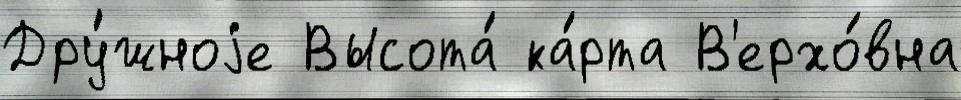
Дру́жноjе Высота́ ка́рта В'ерхо́вна